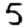
Digit: 5